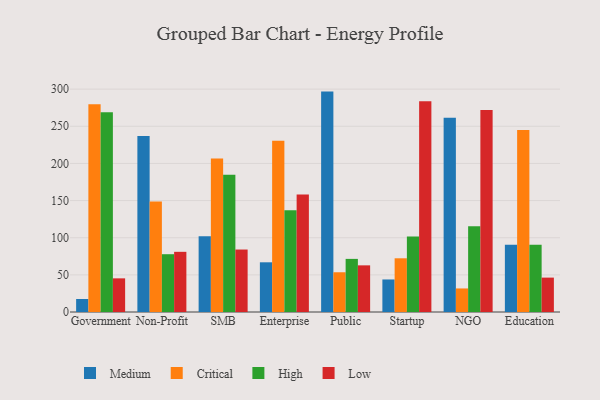
{"axis": {"x": "Segment", "y": "Gross Profit (USD K)"}, "legend": ["Critical", "High", "Low", "Medium"], "data": [{"x": "Government", "y": 17.5, "type": "Medium"}, {"x": "Government", "y": 279.8, "type": "Critical"}, {"x": "Government", "y": 269.0, "type": "High"}, {"x": "Government", "y": 45.3, "type": "Low"}, {"x": "Non-Profit", "y": 236.8, "type": "Medium"}, {"x": "Non-Profit", "y": 148.7, "type": "Critical"}, {"x": "Non-Profit", "y": 77.8, "type": "High"}, {"x": "Non-Profit", "y": 81.0, "type": "Low"}, {"x": "SMB", "y": 101.9, "type": "Medium"}, {"x": "SMB", "y": 206.6, "type": "Critical"}, {"x": "SMB", "y": 184.9, "type": "High"}, {"x": "SMB", "y": 84.1, "type": "Low"}, {"x": "Enterprise", "y": 66.9, "type": "Medium"}, {"x": "Enterprise", "y": 230.5, "type": "Critical"}, {"x": "Enterprise", "y": 136.9, "type": "High"}, {"x": "Enterprise", "y": 158.2, "type": "Low"}, {"x": "Public", "y": 296.7, "type": "Medium"}, {"x": "Public", "y": 53.5, "type": "Critical"}, {"x": "Public", "y": 71.5, "type": "High"}, {"x": "Public", "y": 62.8, "type": "Low"}, {"x": "Startup", "y": 43.8, "type": "Medium"}, {"x": "Startup", "y": 72.3, "type": "Critical"}, {"x": "Startup", "y": 101.8, "type": "High"}, {"x": "Startup", "y": 283.8, "type": "Low"}, {"x": "NGO", "y": 261.4, "type": "Medium"}, {"x": "NGO", "y": 31.7, "type": "Critical"}, {"x": "NGO", "y": 115.6, "type": "High"}, {"x": "NGO", "y": 271.9, "type": "Low"}, {"x": "Education", "y": 90.5, "type": "Medium"}, {"x": "Education", "y": 244.9, "type": "Critical"}, {"x": "Education", "y": 90.6, "type": "High"}, {"x": "Education", "y": 46.3, "type": "Low"}]}